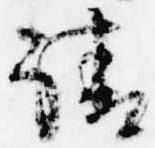
請